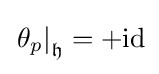
\left.\theta _{p}\right|_{\mathfrak {h}}=+\mathrm {id}